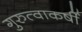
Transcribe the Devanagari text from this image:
गुरुत्वाकर्षी